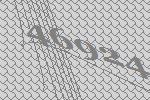
46924